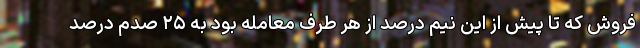
فروش که تا پیش از این نیم درصد از هر طرف معامله بود به ۲۵ صدم درصد